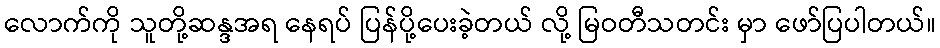
လောက်ကို သူတို့ဆန္ဒအရ နေရပ် ပြန်ပို့ပေးခဲ့တယ် လို့ မြဝတီသတင်း မှာ ဖော်ပြပါတယ်။